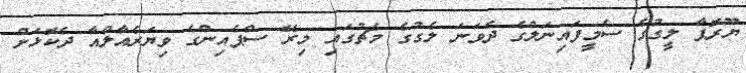
ޔޫރޮޕާ ލީގުގެ ސެމީފައިނަލްގެ ދެވަނަ ލެގުގެ މެޗުގައި މިރޭ ސްޕެއިންގެ ވިޔަރެއާލްއާ ދެކޮޅަށް